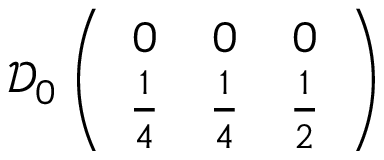
\mathcal { D } _ { 0 } \left( \begin{array} { c c c } { { 0 } } & { { 0 } } & { { 0 } } \\ { { \frac { 1 } { 4 } } } & { { \frac { 1 } { 4 } } } & { { \frac { 1 } { 2 } } } \end{array} \right)